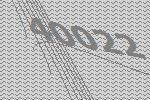
40022